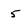
Character: 5